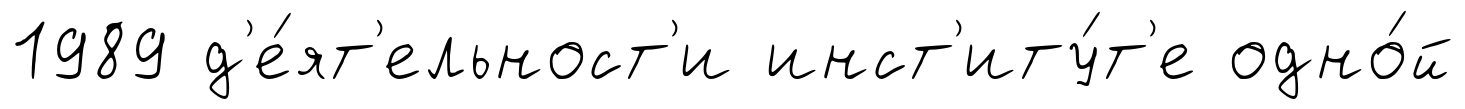
1989 д'е́ят'ельност'и инст'иту́т'е одно́й